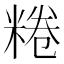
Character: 䊎